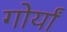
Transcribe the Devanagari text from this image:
गोर्यां